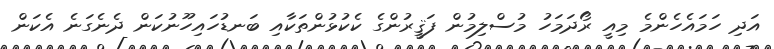
އަދި ހަމައެހެންމެ މިއީ ރޯދަމަހު މުސްލިމުން ފަޤީރުންގެ ކެކުޅުންތަކާއި ބަނޑުހައިހޫނުކަން ދެނެގަނެ އެކަން